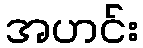
အဟင်း